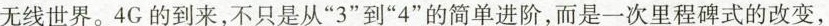
无线世界。4G的到来，不只是从”3”到”4”的简单进阶，而是一次里程碑式的改变，